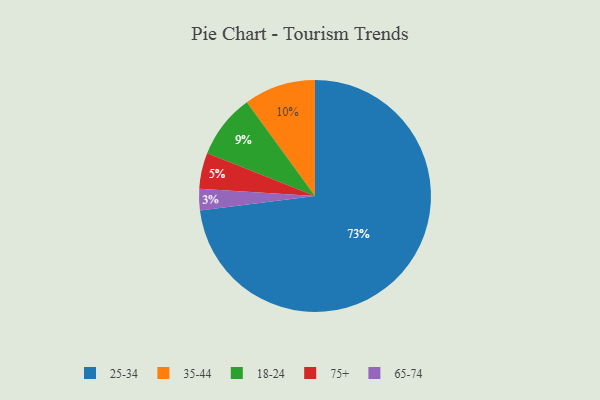
{"axis": {"x": "Category", "y": "Percentage"}, "legend": ["18-24", "25-34", "35-44", "65-74", "75+"], "data": [{"x": "18-24", "y": 9, "type": "18-24"}, {"x": "25-34", "y": 73, "type": "25-34"}, {"x": "35-44", "y": 10, "type": "35-44"}, {"x": "75+", "y": 5, "type": "75+"}, {"x": "65-74", "y": 3, "type": "65-74"}]}